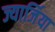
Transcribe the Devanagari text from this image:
ज्यार्जिया